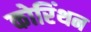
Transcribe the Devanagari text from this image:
कोरिंथन